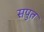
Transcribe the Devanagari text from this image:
सपुत